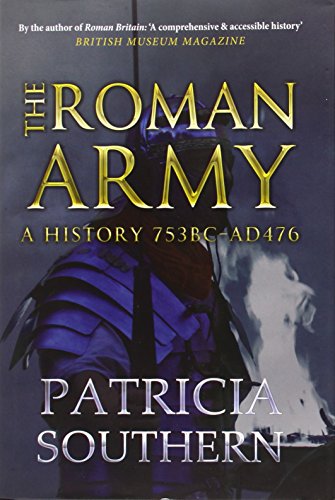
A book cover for The Roman Army: A History 753 BC - AD 476; Patricia Southern; History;